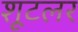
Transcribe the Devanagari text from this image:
शूटलर